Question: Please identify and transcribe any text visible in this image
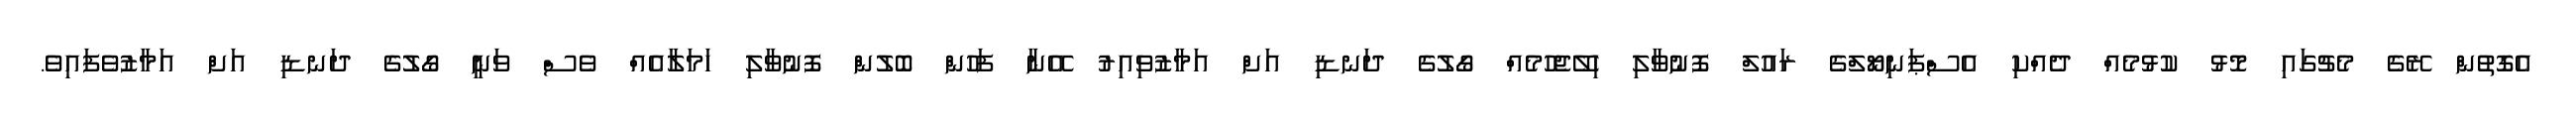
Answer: އެގޮތުން ރޭގެ މެޗުގައި މޮޅު ކުޅުމެއް ދެއްކި އެސްޕަނިޔޯލްގެ ރައުލް ފޮނުވާލި ހިލޭޖެހުމެއް ގޯލުގެ ދަނޑި އަށް އަމާޒުވިއިރު އޭނާ ފަހުން ބޮލުން ފޮނުވާލި ހަމަލާއެއް ވެސް ވަނީ ގޯލުގެ ދަނޑި އަށް އަމާޒުވެފައިވެ.